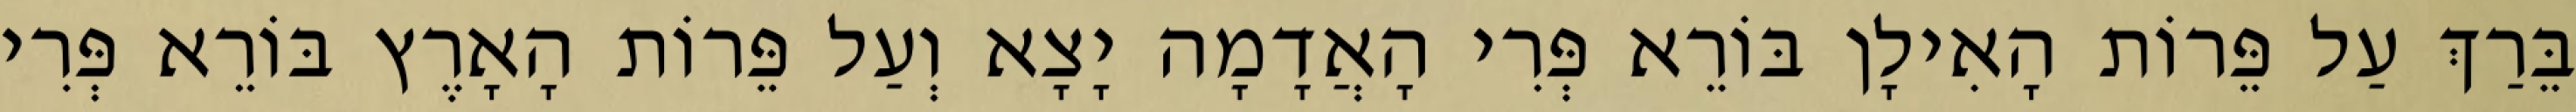
בֵּרַךְ עַל פֵּרוֹת הָאִילָן בּוֹרֵא פְּרִי הָאֲדָמָה יָצָא וְעַל פֵּרוֹת הָאָרֶץ בּוֹרֵא פְּרִי